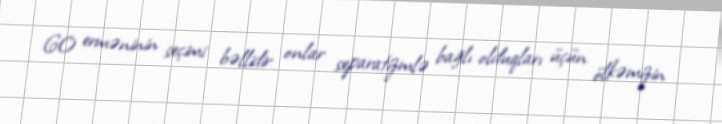
60 erməninin seçimi bəllidir: onlar separatizmlə bağlı olduqları üçün ölkəmizin